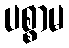
ပစ္စာမ